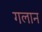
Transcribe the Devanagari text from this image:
गलान